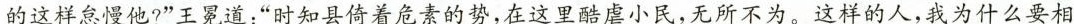
的这样怠慢他?”王冕道：”时知具倚着危素的势，在这里酷小民，无所不为。这样的人，我为什么要相